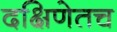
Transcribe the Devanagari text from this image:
दक्षिणेतच